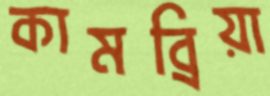
কামব্রিয়া